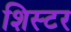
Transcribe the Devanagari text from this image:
शिस्टर